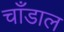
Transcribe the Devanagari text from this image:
चाँडाल